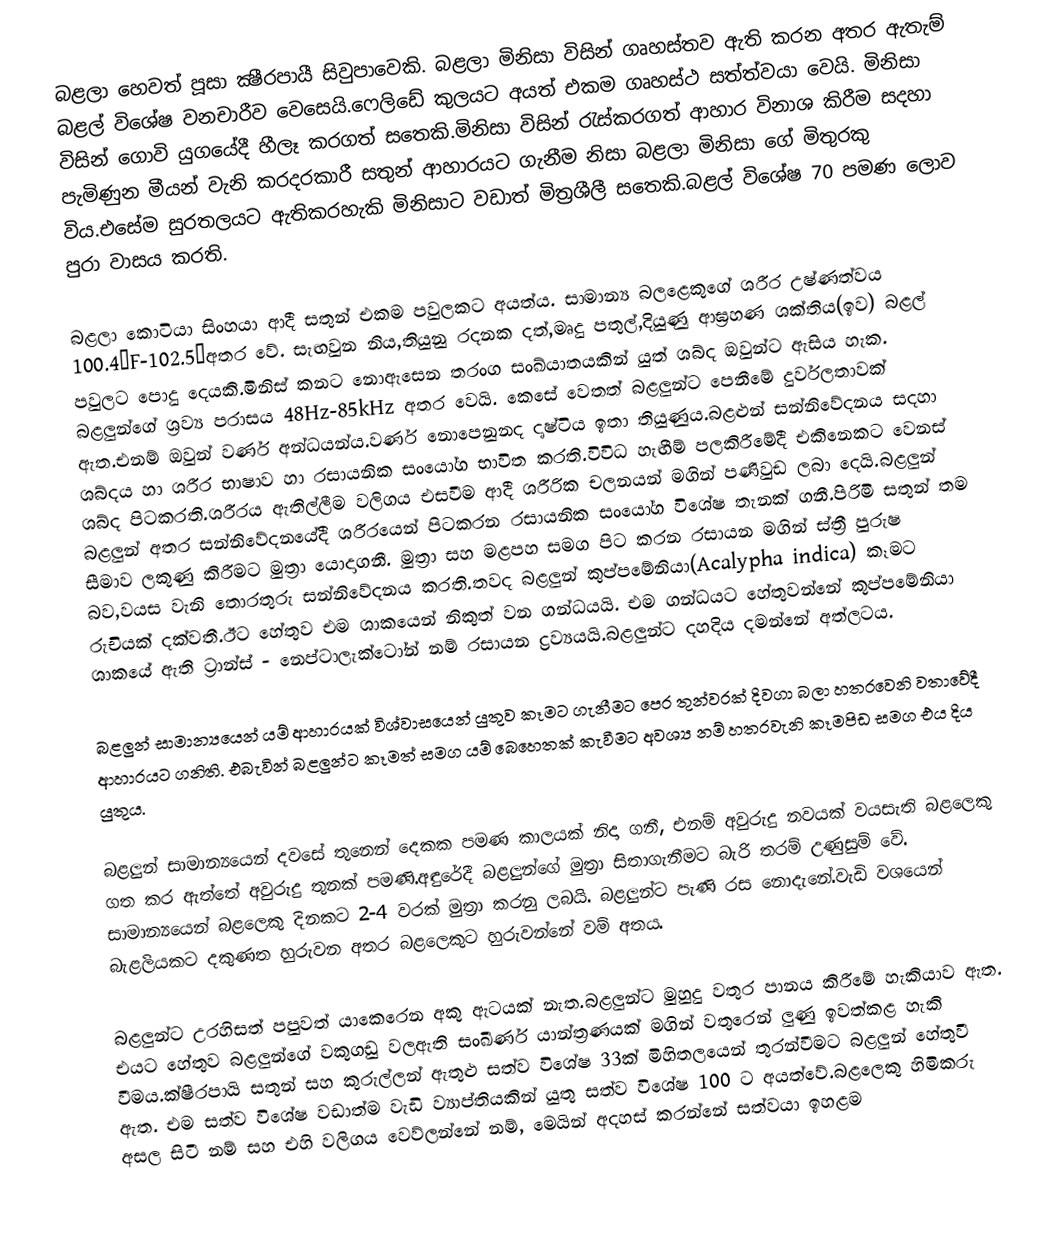
බළලා හෙවත් පූසා ක්‍ෂීරපායී සිවුපාවෙකි. බළලා මිනිසා විසින් ගෘහස්තව ඇති කරන අතර ඇතැම් බළල් විශේෂ වනචාරීව වෙසෙයි.ෆෙලිඩේ කුලයට අයත් එකම ගෘහස්ථ සත්ත්වයා වෙයි. මිනිසා විසින් ගොවි යුගයේදී හීලෑ කරගත් සතෙකි.මිනිසා විසින් රැස්කරගත් ආහාර විනාශ කිරීම සදහා පැමිණුන මීයන් වැනි කරදරකාරී සතුන් ආහාරයට ගැනීම නිසා බළලා මිනිසා ගේ මිතුරකු විය.එසේම සුරතලයට ඇතිකරහැකි මිනිසාට වඩාත් මිත්‍රශීලී සතෙකි.බළල්  විශේෂ 70 පමණ ලොව පුරා වාසය කරති.

බළලා කොටියා සිංහයා ආදී සතුන් එකම පවුලකට අයත්ය. සාමාන්‍ය බලළෙකුගේ ශරීර උෂ්ණත්වය 100.4°F-102.5°අතර වේ. සැඟවුන නිය,තියුනු රදනක දත්,මෘදු පතුල්,දියුණු ආඝ්‍රහණ ශක්තිය(ඉව) බළල් පවුලට පොදු දෙයකි.මිනිස් කනට නොඇසෙන තරංග සංඛ්යාතයකින් යුත් ශබ්ද ඔවුන්ට ඇසිය හැක. බළලුන්ගේ ශ්‍රව්‍ය පරාසය 48Hz-85kHz අතර වෙයි.     කෙසේ වෙතත් බළලුන්ට පෙනීමේ දුර්වලතාවක් ඇත.එනම් ඔවුන් වර්ණ අන්ධයන්ය.වර්ණ නොපෙනුනද දෘෂ්ටිය ඉතා තියුණුය.බළළුන් සන්නිවේදනය සදහා ශබ්දය හා ශරීර භාෂාව හා රසායනික සංයෝග භාවිත කරති.විවිධ හැඟීම් පලකිරීමේදී එකිනෙකට වෙනස් ශබ්ද පිටකරති.ශරීරය ඇතිල්ලීම වලිගය එසවීම ආදී ශරීරික චලනයන් මගින් පණිවුඩ ලබා දෙයි.බළලුන් බළලුන් අතර සන්නිවේදනයේදී ශරීරයෙන් පිටකරන රසායනික සංයෝග විශේෂ තැනක් ගනී.පිරිමි සතුන් තම  සීමාව ලකුණු කිරීමට මුත්‍රා යොදාගනී. මුත්‍රා සහ මළපහ සමග පිට කරන රසායන මගින් ස්ත්‍රී පුරුෂ බව,වයස වැනි තොරතුරු සන්නිවේදනය කරති.තවද බළලුන් කුප්පමේනියා(Acalypha indica) කෑමට රුචියක් දක්වතී.ඊට හේතුව එම ශාකයෙන් නිකුත් වන ගන්ධයයි. එම ගන්ධයට හේතුවන්නේ කුප්පමේනියා ශාකයේ ඇති ට්‍රාන්ස් - නෙප්ටාලැක්ටෝන් නම් රසායන ද්‍රව්‍යයයි.බළලුන්ට දහදිය දමන්නේ අත්ලටය.

බළලුන් සාමාන්‍යයෙන් යම් ආහාරයක් විශ්වාසයෙන් යුතුව කෑමට ගැනීමට පෙර තුන්වරක් දිවගා බලා හතරවෙනි වතාවේදී ආහාරයට ගනිති. එබැවින් බළලුන්ට කෑමත් සමග යම් බෙහෙතක් කැවීමට අවශ්‍ය නම් හතරවැනි කෑමපිඩ සමග එය දිය යුතුය.

බළලුන් සාමාන්‍යයෙන් දවසේ තුනෙන් දෙකක පමණ කාලයක් නිදා ගනී, එනම් අවුරුදු නවයක් වයසැති බළලෙකු ගත කර ඇත්තේ අවුරුදු තුනක් පමණි.අඳුරේදී බළලුන්ගේ මුත්‍රා සිතාගැනීමට බැරි තරම් උණුසුම් වේ. සාමාන්‍යයෙන් බළලෙකු දිනකට 2-4 වරක් මුත්‍රා කරනු ලබයි. බළලුන්ට පැණි රස නොදැනේ.වැඩි වශයෙන් බැළලියකට දකුණත හුරුවන අතර බළලෙකුට හුරුවන්නේ වම් අතය.

බළලුන්ට උරහිසත් පපුවත් යාකෙරෙන අකු ඇටයක් නැත.බළලුන්ට මුහුදු වතුර පානය කිරීමේ හැකියාව ඇත. එයට හේතුව බළලුන්ගේ වකුගඩු වලඇති සංඛීර්ණ යාන්ත්‍රණයක් මගින් වතුරෙන් ලුණු ඉවත්කළ හැකි වීමය.ක්ෂීරපායි සතුන් සහ කුරුල්ලන් ඇතුළු සත්ව විශේෂ 33ක් මිහිතලයෙන් තුරන්වීමට බළලුන් හේතුවී ඇත. එම සත්ව විශේෂ වඩාත්ම වැඩි ව්‍යාප්තියකින් යුතු සත්ව විශේෂ 100 ට අයත්වේ.බළලෙකු හිමිකරු අසල සිටී නම් සහ එහි වලිගය වෙව්ලන්නේ නම්, මෙයින් අදහස් කරන්නේ සත්වයා ඉහළම